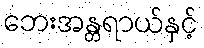
ဘေးအန္တရာယ်နှင့်